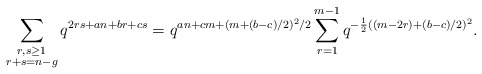
\begin{align*}\sum_{\substack{r, s \geq 1 \\ r + s = n - g}} q^{2rs + an + br + cs} & = q^{an + cm + (m + (b - c)/2)^2/2}\sum_{r = 1}^{m - 1} q^{-\frac{1}{2}((m - 2r) + (b - c)/2)^2}.\end{align*}